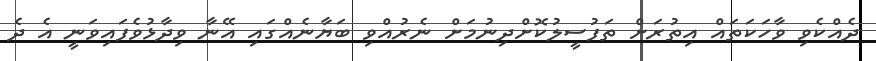
ދެއްކެވި ވާހަކަތައް އިތުރަށް ތަފުސީލުކޮށްދިނުމަށް ނެރުއްވި ބަޔާނެއްގައި އޭނާ ވިދާޅުވެފައިވަނީ އެ ދެ